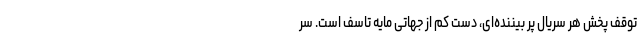
توقف پخش هر سریال پر بیننده‌ای، دست کم از جهاتی مایه تاسف است. سر